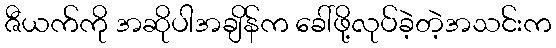
ဇီယက်ကို အဆိုပါအချိန်က ခေါ်ဖို့လုပ်ခဲ့တဲ့အသင်းက